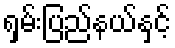
ရှမ်းပြည်နယ်နှင့်